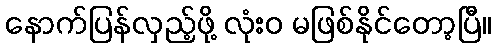
နောက်ပြန်လှည့်ဖို့ လုံးဝ မဖြစ်နိုင်တော့ပြီ။